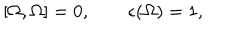
LaTeX: [ \Omega , \Omega ] = 0 , \qquad \epsilon ( \Omega ) = 1 ,